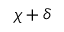
\chi + \delta